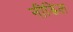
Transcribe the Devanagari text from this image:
नीडिल